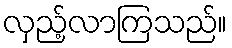
လှည့်လာကြသည်။